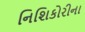
નિશિકોરીના